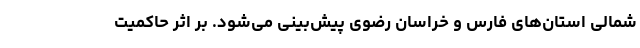
شمالی استان‌های فارس و خراسان رضوی پیش‌بینی می‌شود. بر اثر حاکمیت